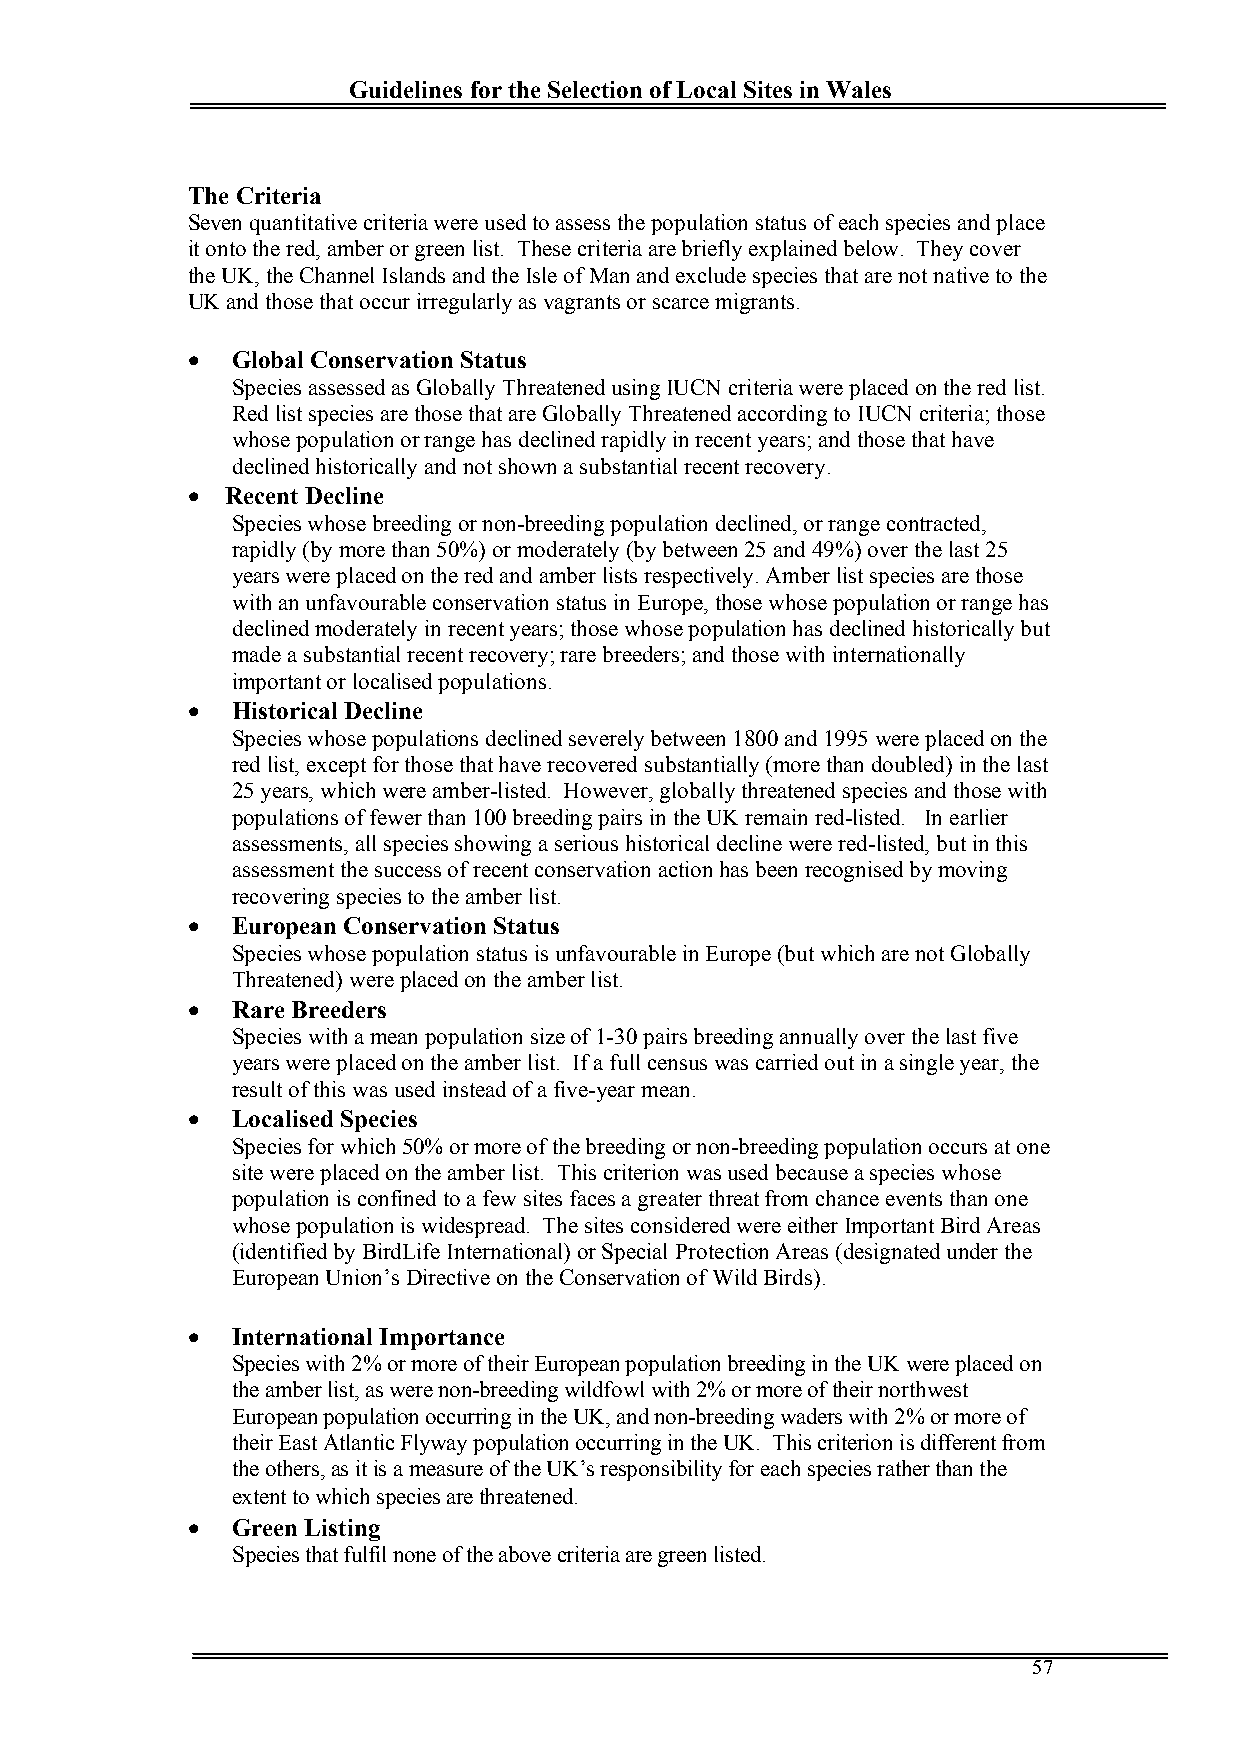
Guidelines for the Selection of Local Sites in Wales
 The Criteria
 Seven quantitative criteria were used to assess the population status of each species and place
 it onto the red, amber or green list. These criteria are briefly explained below. They cover
 the UK, the Channel Islands and the Isle of Man and exclude species that are not native to the
 UK and those that occur irregularly as vagrants or scarce migrants.
   Global Conservation Status
 Species assessed as Globally Threatened using IUCN criteria were placed on the red list.
 Red list species are those that are Globally Threatened according to IUCN criteria; those
 whose population or range has declined rapidly in recent years; and those that have
 declined historically and not shown a substantial recent recovery.
   Recent Decline
 Species whose breeding or non-breeding population declined, or range contracted,
 rapidly (by more than 50%) or moderately (by between 25 and 49%) over the last 25
 years were placed on the red and amber lists respectively. Amber list species are those
 with an unfavourable conservation status in Europe, those whose population or range has
 declined moderately in recent years; those whose population has declined historically but
 made a substantial recent recovery; rare breeders; and those with internationally
 important or localised populations.
   Historical Decline
 Species whose populations declined severely between 1800 and 1995 were placed on the
 red list, except for those that have recovered substantially (more than doubled) in the last
 25 years, which were amber-listed. However, globally threatened species and those with
 populations of fewer than 100 breeding pairs in the UK remain red-listed. In earlier
 assessments, all species showing a serious historical decline were red-listed, but in this
 assessment the success of recent conservation action has been recognised by moving
 recovering species to the amber list.
   European Conservation Status
 Species whose population status is unfavourable in Europe (but which are not Globally
 Threatened) were placed on the amber list.
   Rare Breeders
 Species with a mean population size of 1-30 pairs breeding annually over the last five
 years were placed on the amber list. If a full census was carried out in a single year, the
 result of this was used instead of a five-year mean.
   Localised Species
 Species for which 50% or more of the breeding or non-breeding population occurs at one
 site were placed on the amber list. This criterion was used because a species whose
 population is confined to a few sites faces a greater threat from chance events than one
 whose population is widespread. The sites considered were either Important Bird Areas
 (identified by BirdLife International) or SpecialProtection Areas (designated under the
 European Union’s Directive on the Conservation of Wild Birds).
   International Importance
 Species with 2% or more of their European population breeding in the UK were placed on
 the amber list, as were non-breeding wildfowl with 2% or more of their northwest
 European population occurring in the UK, and non-breeding waders with 2% or more of
 their East Atlantic Flyway population occurring in the UK. This criterion is different from
 the others, as it is a measure of the UK’s responsibility for each species rather than the
 extent to which species are threatened.
   Green Listing
 Species that fulfil none of the above criteria are green listed.
 57